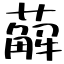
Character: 薢